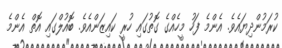
ކުރަމުންދިޔައެވެ. އެންމެ ފަހު މީހެއްގެ ގޮތުގައި ހުރީ ކައިޒަންއެވެ. ބޮއުލްގައި އޮތް އެންމެ